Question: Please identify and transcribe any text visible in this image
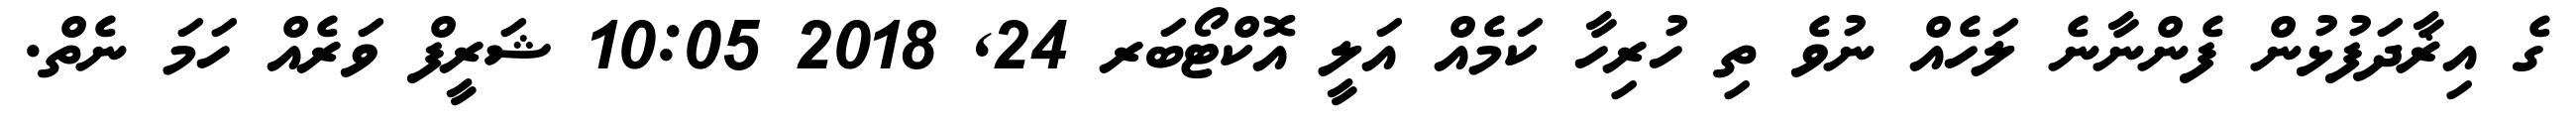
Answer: ގެ އިޜާދަފުޅުން ފެންނާނެ ލަހެއް ނުވެ ތި ހުރިހާ ކަމެއް އަލީ އޮކްޓޯބަރ 24, 2018 10:05 ޝަރީފް ވަރެއް ހަމަ ނެތް.